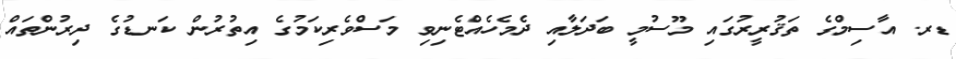
ޑރ. އާސިމްގެ ތަޤުރީރުގައި މޫސުމީ ބަދަލާއި ދެމެހެއްޓެނިވި މަސްވެރިކަމުގެ އިތުރުން ކަނޑުގެ ދިރުންތައް